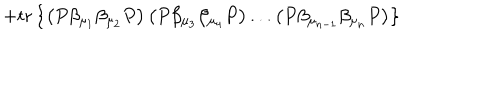
+ \mathrm { t r } \left\{ \left( P \beta _ { \mu _ { 1 } } \beta _ { \mu _ { 2 } } P \right) \left( P \beta _ { \mu _ { 3 } } \beta _ { \mu _ { 4 } } P \right) . . . \left( P \beta _ { \mu _ { n - 1 } } \beta _ { \mu _ { n } } P \right) \right\}